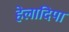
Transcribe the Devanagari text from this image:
हेलादिपा